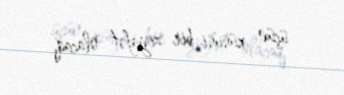
üçün xüsusi bir ziyafət olacaq.